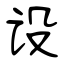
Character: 设